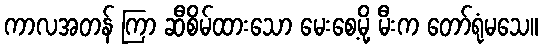
ကာလအတန် ကြာ ဆီစိမ်ထားသော မေးစေ့မို့ မီးက တော်ရုံမသေ။